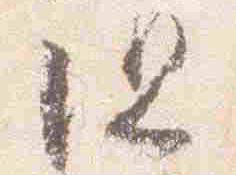
但